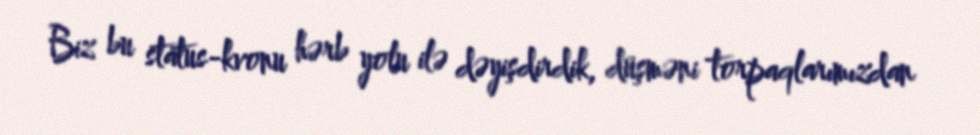
Biz bu status-kvonu hərb yolu ilə dəyişdirdik, düşməni torpaqlarımızdan